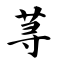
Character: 荨